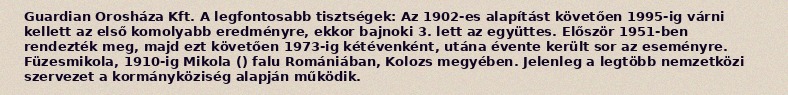
Guardian Orosháza Kft. A legfontosabb tisztségek: Az 1902-es alapítást követően 1995-ig várni kellett az első komolyabb eredményre, ekkor bajnoki 3. lett az együttes. Először 1951-ben rendezték meg, majd ezt követően 1973-ig kétévenként, utána évente került sor az eseményre. Füzesmikola, 1910-ig Mikola () falu Romániában, Kolozs megyében. Jelenleg a legtöbb nemzetközi szervezet a kormányköziség alapján működik.